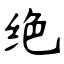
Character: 绝